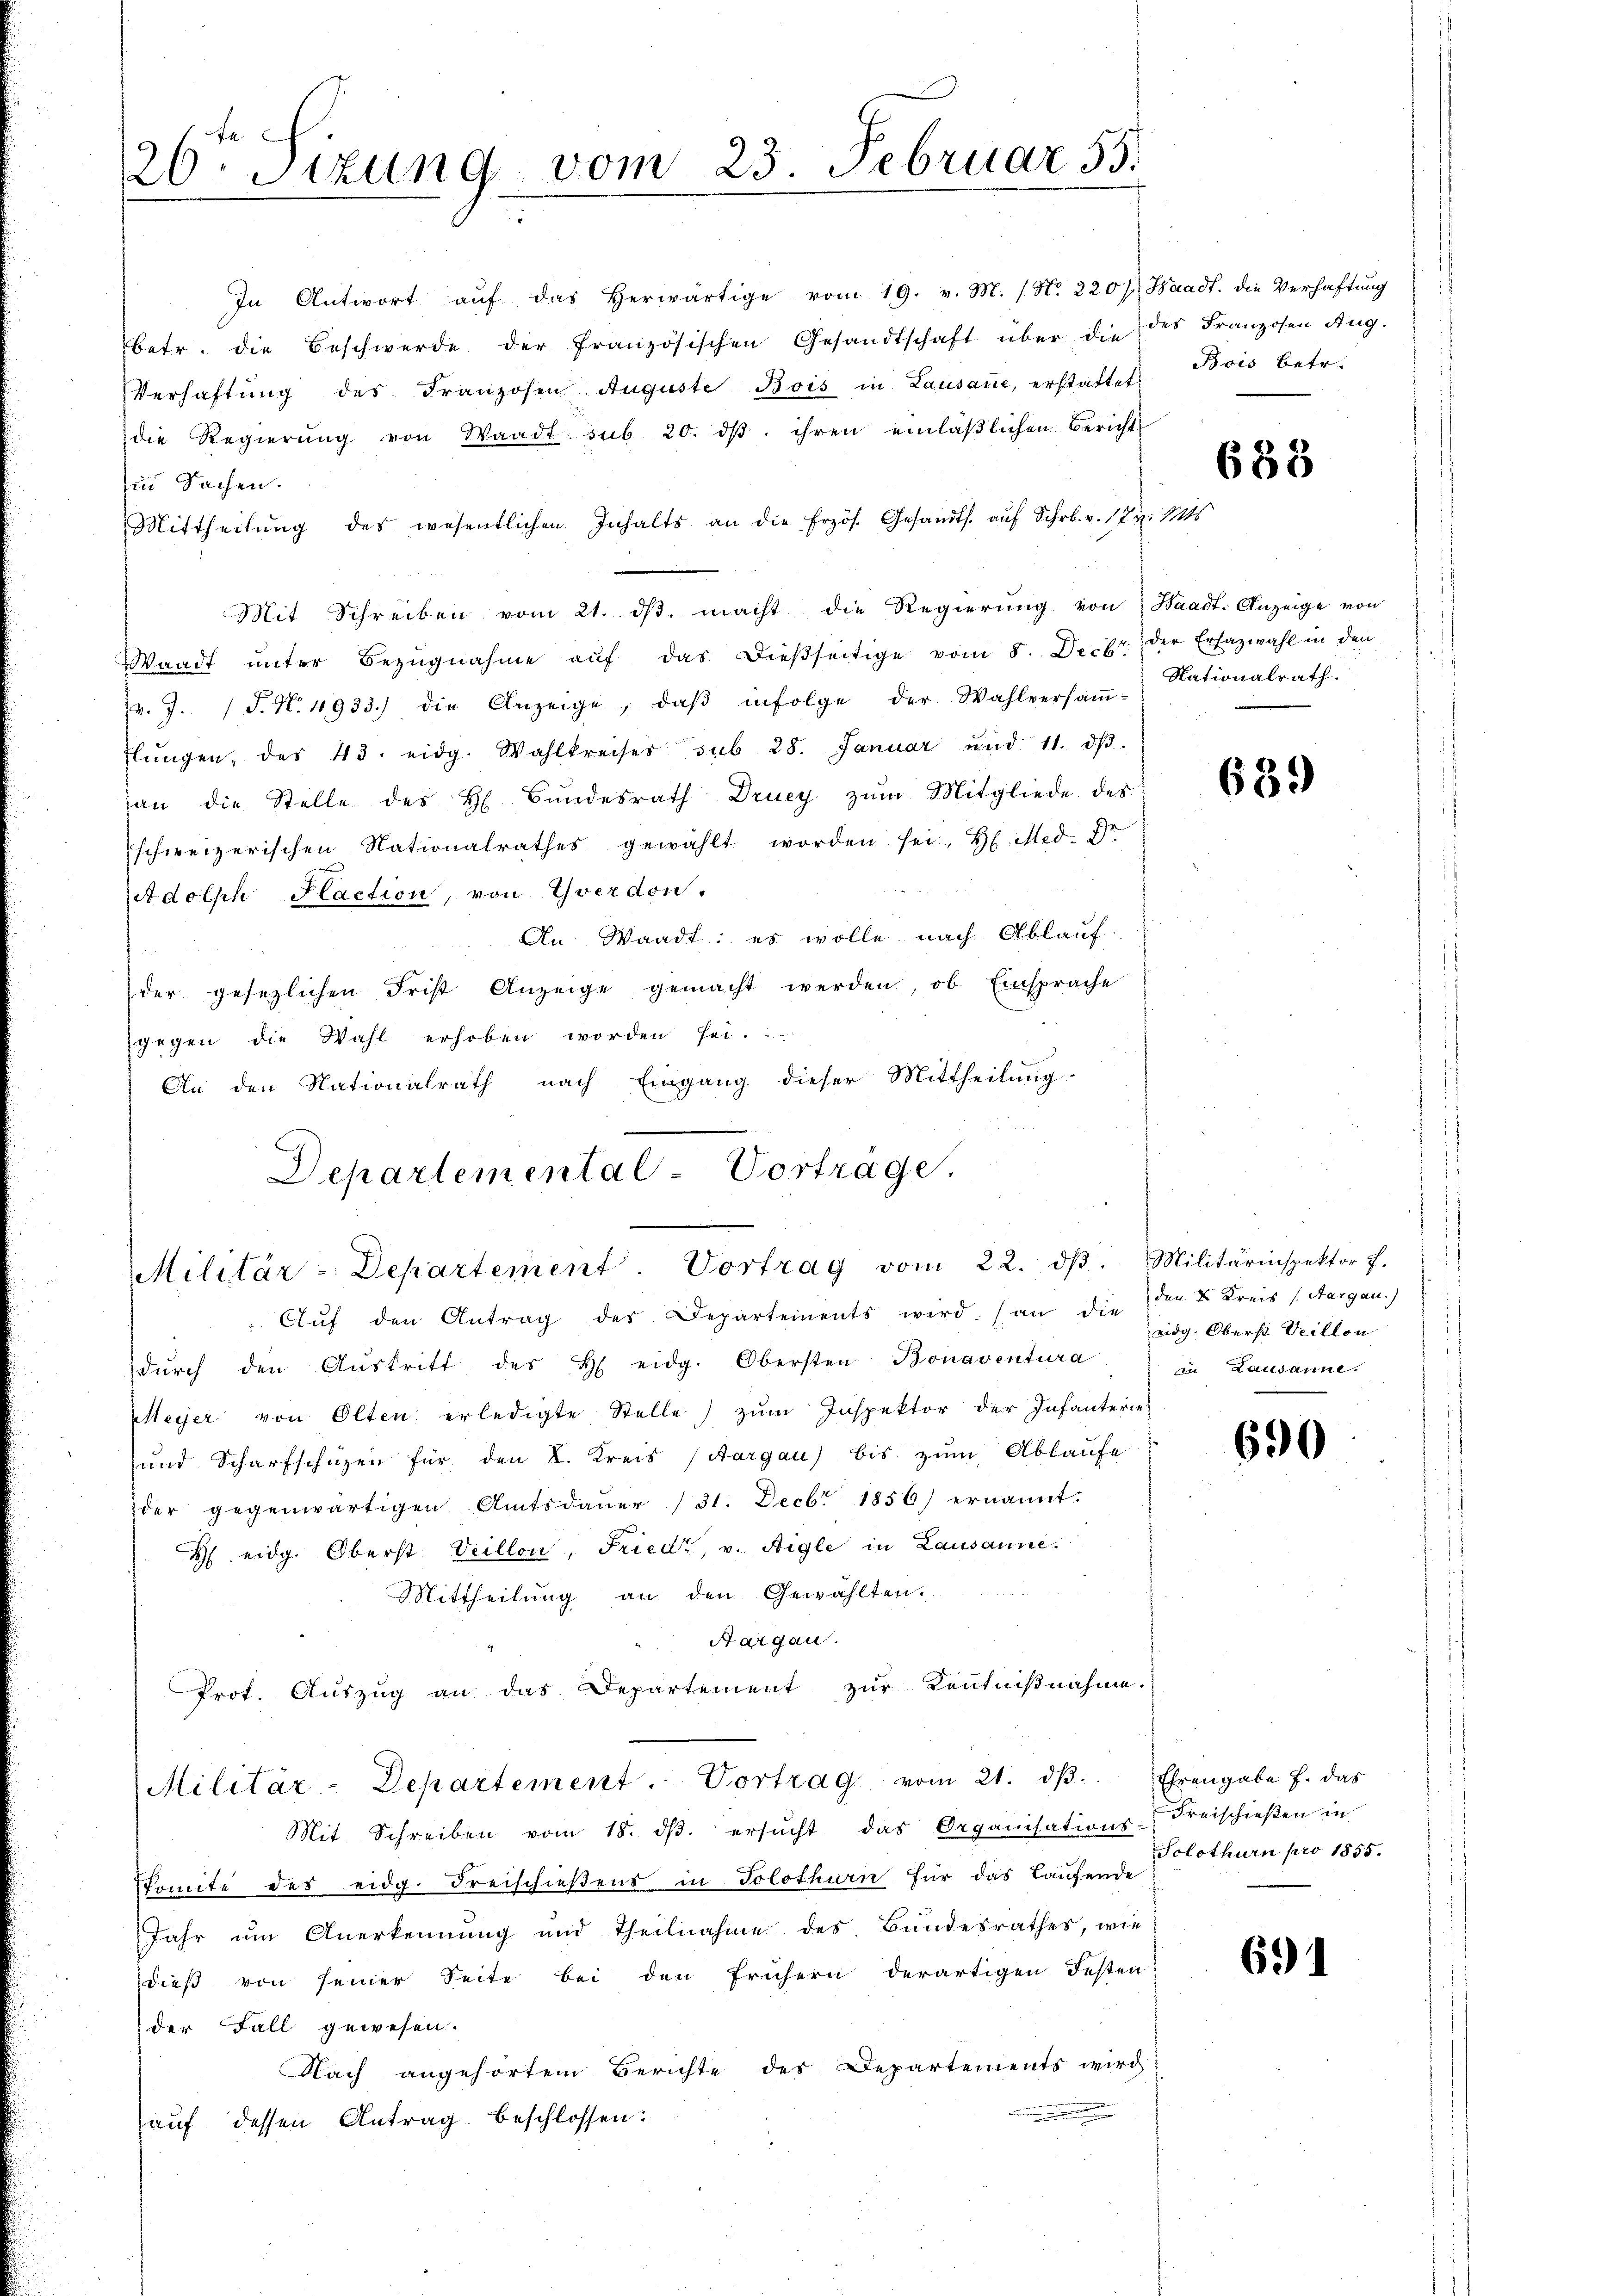
26ten Sizung vom 23. Februar 55.

In Antwort aŭf das herwärtige vom 19. v. M. (N. 220 / Waadt. die Verhaftung
betr. die Beschwerde der französischen Gesandtschaft über die des Franzosen Aug.
Verhaftung des Franzosen Auguste Bois in Lausane, erstattet,
die Regierŭng von Waadt sub 20. dβ. ihren einläβlichen Berichts
in Sachen.
Mittheilŭng des wesentlichen Inhalts an die Erzös. Gesandts. aŭf Schr. v. 1. Kr. Mts
Mit Schreiben vom 21. dβ. macht die Regierŭng von Waadt. Anzeige von
Waadt ŭnter Bezŭgnahme aŭf das dieβseitige vom 8. Decbr. der Ersazwahl in den
v. J. (T. N. 4933.) die Anzeige, daβ infolge der Wahlversaṁ-
flŭngen, des 43. eidg. Wahlkreises sub 28. Januar und 11. dβ.
an die Stelle des H Bŭndesrath Drucy zŭm Mitgliede des
schweizerischen Nationalrathes gewählt worden sei. H. Med. Dr.
Adolph Haction, von Yverdon.
An Waadt: es wolle nach Ablauf-
der gesezlichen Frist Anzeige gemacht werden, ob Einsprache
gegen die Wahl erhoben worden sei.
An den Nationalrath nach Eingang dieser Mittheilung
Departemental-Vorträge,
¬

Militär-Departement. Vortrag vom 22. dβ. Militärinspektor f.

Aŭf den Antrag des Departements wird. (an die den & Kreis (Aargau)
dŭrch den Aŭstritt des H eidg. Obersten Bonaventura
Meyer von Olten erledigte Stelle) zŭm Inspektor der Infanterie-
und Scharfschüzen für den I. Kreis (Aargau) bis zŭm Ablaufe
der gegenwärtigen Amtsdauer (31. Decbr 1856) ernannt:
H eidg. Oberst Veillon, Friedt, v. Aigle in Lausanne
Mittheilung an den Gewählten.
Aargau.
Prot. Auszug an das Departement zur Kentnißnahme.
Militär-Departement. Vortrag vom 21. dβ. Ehrengabe f. das
Mit Schreiben vom 18. dβ. ersŭcht das Organisations- Freischieβen in
komite des eidg. Freischießens in Solothurn für das Laufende
Jahr um Anerkennung und Theilnahme des Bundesrathes, wie
dieß von seiner Seite bei den frühern derartigen Festen
der Fall gewesen.
Nach angehörtem Berichte des Departements wird

auf dessen Antrag beschlossen:

Bois Betr.

688

Nationalrath.

639

eidg. Oberst Veillon
in Lausanne.

690

Solothurn pro 1855.

691